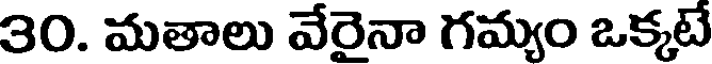
30. మతాలు వేరైనా గమ్యం ఒక్కటే